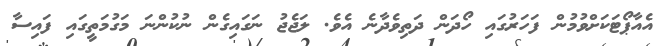
އެއާޕޯޓަަކަށްވުމުން ފަހަރުގައި ހޯދަން ދަތިވެދާނެ އެވެ. ލަޖެޖު ނަގައިގެން ނުކުންނަ މަގުމަތީގައި ފައިސާ